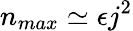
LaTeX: n_{max}\simeq\epsilon j^{2}